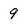
Character: 9